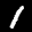
Label: 1